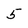
Character: 5